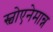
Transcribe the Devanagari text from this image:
स्चोएनेमान्न